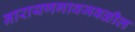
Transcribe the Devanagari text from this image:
नारायणगावजवळील